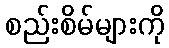
စည်းစိမ်များကို